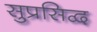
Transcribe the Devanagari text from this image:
सुप्रसिद्व